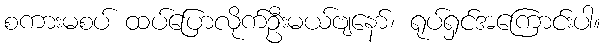
စကားမစပ် ထပ်ပြောလိုက်ဦးမယ်ဗျနော်၊ ရုပ်ရှင်အကြောင်းပါ။